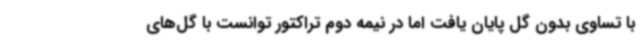
با تساوی بدون گل پایان یافت اما در نیمه دوم تراکتور توانست با گل‌های